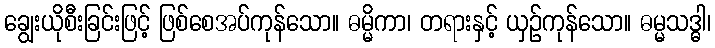
ချွေးယိုစီးခြင်းဖြင့် ဖြစ်စေအပ်ကုန်သော။ ဓမ္မိကာ၊ တရားနှင့် ယှဉ်ကုန်သော။ ဓမ္မသဒ္ဓါ၊